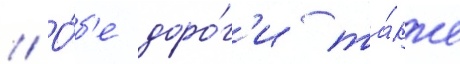
// О́б'е доро́г'и та́кже